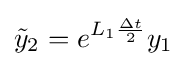
{\tilde {y}}_{2}=e^{L_{1}{\frac {\Delta t}{2}}}y_{1}